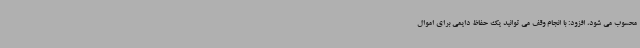
محسوب می شود، افزود: با انجام وقف می توانید یک حفاظ دایمی برای اموال